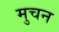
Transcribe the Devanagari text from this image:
मुचन